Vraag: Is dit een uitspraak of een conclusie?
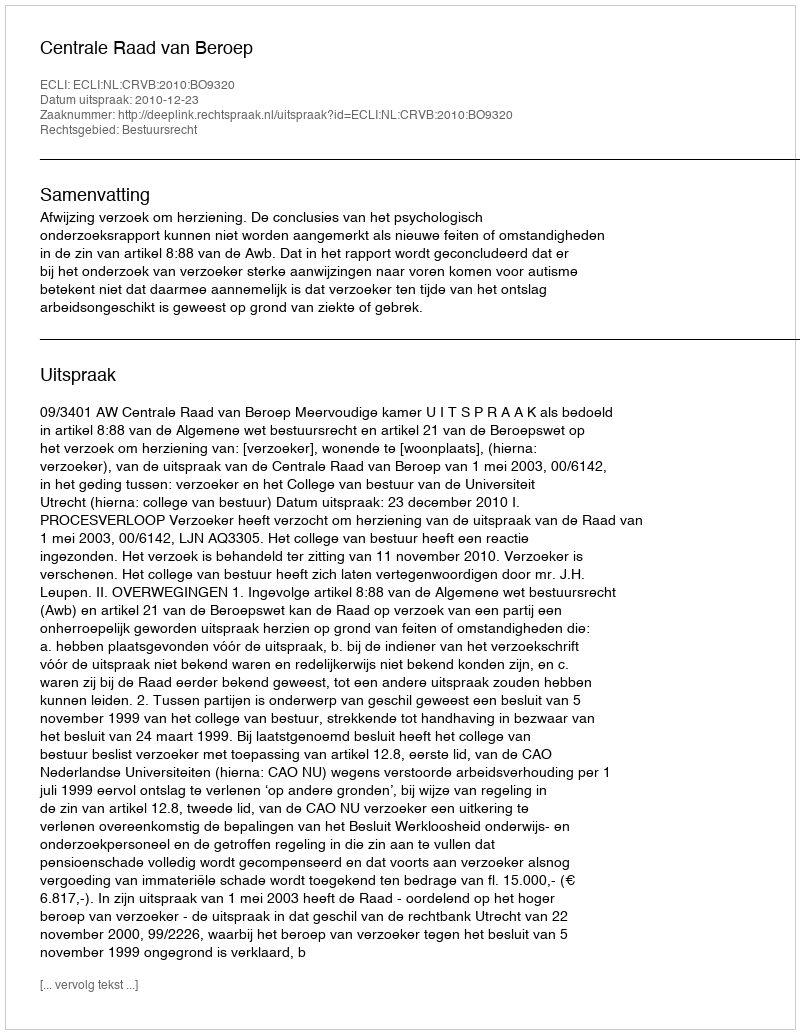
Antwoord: Uitspraak